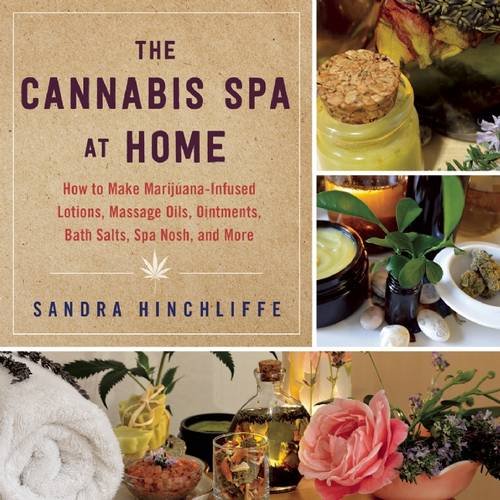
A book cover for The Cannabis Spa at Home: How to Make Marijuana-Infused Lotions, Massage Oils, Ointments, Bath Salts, Spa Nosh, and More; Sandra Hinchliffe; Health, Fitness & Dieting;